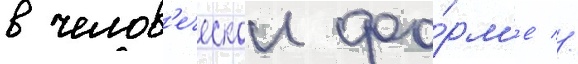
в челов'еческои фо́рм'е //